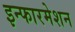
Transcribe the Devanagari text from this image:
इन्फारमेशन